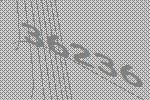
36236